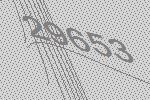
29653